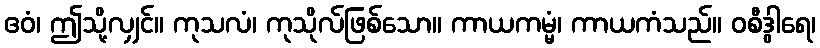
ဧဝံ၊ ဤသို့လျှင်။ ကုသလံ၊ ကုသိုလ်ဖြစ်သော။ ကာယကမ္မံ၊ ကာယကံသည်။ ဝစီဒွါရေ၊